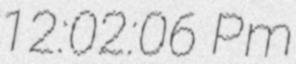
12:02:06 Pm